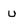
Character: U